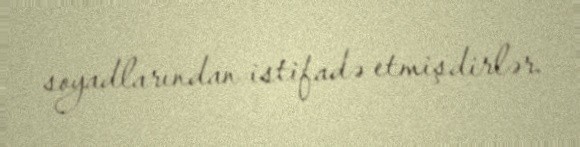
soyadlarından istifadə etmişdirlər.